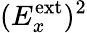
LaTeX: (E_{x}^{\textrm{ext}})^{2}